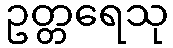
ဥတ္တရေသု